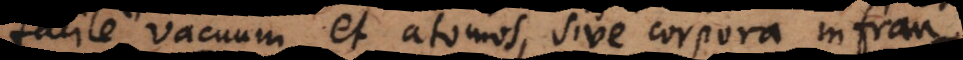
facile vacuum et atomos, sive corpora infran